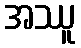
အဿူ